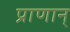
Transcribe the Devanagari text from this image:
प्राणान्